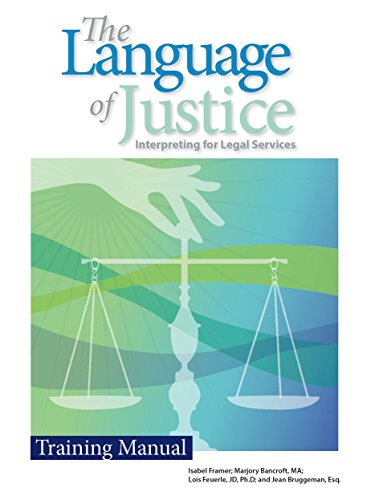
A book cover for The Language of Justice: Interpreting for Legal Services; Isabel Framer; Law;